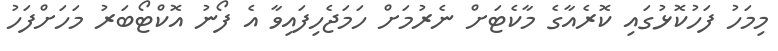
މިމަހު ފަހުކޮޅުގައި ކޮރެއާގެ މާކެޓަށް ނެރުމަށް ހަމަޖެހިފައިވާ އެ ފޯނު އޮކްޓޯބަރު މަހަށްފަހުު